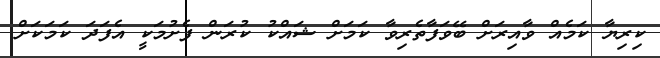
ކިރިޔާ ކަމެއް ވާއިރަށް ބޭވަފާތެރިވާ ކަމަށް ޝައްކު ކުރަން ފެށުމަކީ އެފަދަ ކަމަކަށް